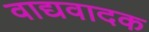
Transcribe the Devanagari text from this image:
वाद्यवादक